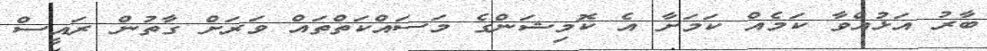
ބާރު އަޅުއްވާ ކަމެއް ކަމަށާ އެ ކޮމިޝަންގެ މަަސައްކަތްތައް ވަރަށް ގާތުން ރައީސް